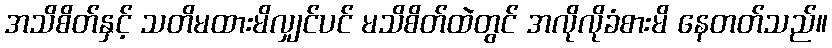
အသိစိတ်နှင့် သတိမထားမိလျှင်ပင် မသိစိတ်ထဲတွင် အလိုလိုခံစားမိ နေတတ်သည်။